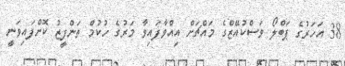
38 އަހަރުގެ ޕަބްލޯ ވަސްކުއޭޒްގެ މައްޗަށް އިއްވާފައިވާ މަރުގެ ހުކުމް ތަންފީޒު ކޮށްފައިވަނީ